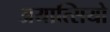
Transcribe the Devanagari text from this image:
अयात्सियो